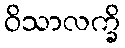
ဝိသာလက္ခိ